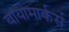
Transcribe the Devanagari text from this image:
बायोमार्कर्स